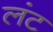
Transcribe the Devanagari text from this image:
लंट